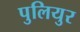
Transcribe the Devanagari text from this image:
पुलियुर